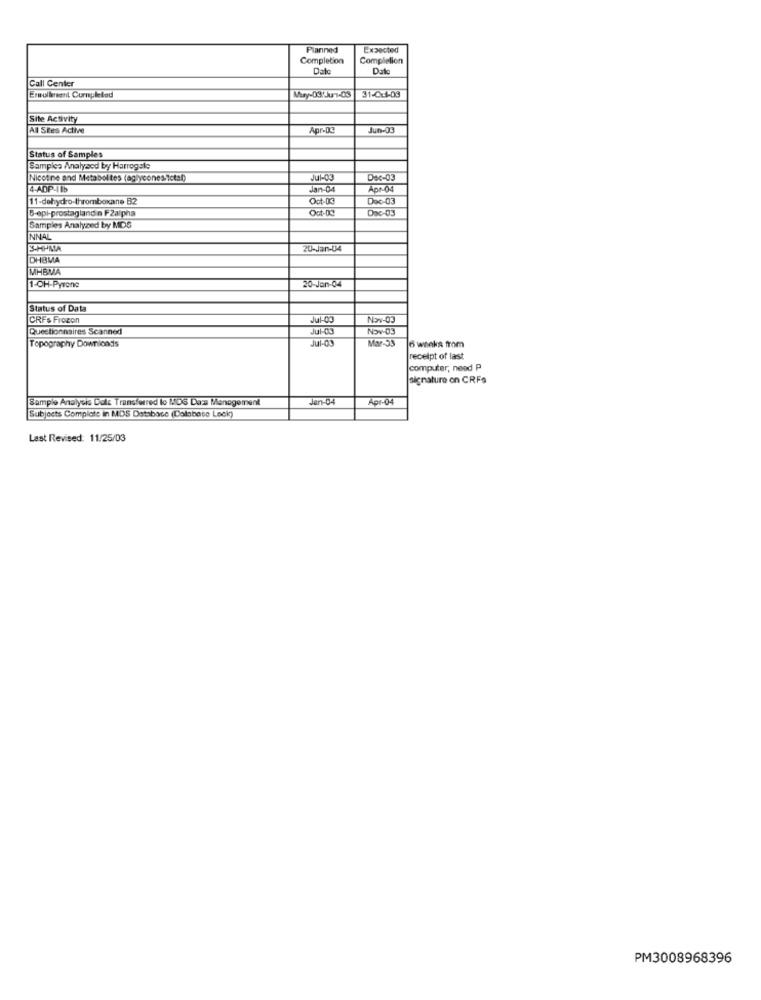
Planned
Expected
Completion
Completion
Date
Dato
Call Center
31-C-1-03
Enmullersent Curnpleted
May-03/Jun1-03
Site Activity
All Stes Active
Apr-D
Jun-03
Status of Samples
Samples Analysed by Harrogate
Nicotine and Metabol tes (aglycones/ictal)
Jul-03
Dec-03
4-ADP-11b
Jan-04
Apr-04
11-dehydro-thromboxane 82
Oct-03
Doc-03
5-epi-prostaglandin FZalpha
Oot-09
Dec-03
Samples Analyzed by MIDS
INNAL
S-HIMA
20-Jan-04
DHBMA
MHBVA
1-OH-Pyrone
20-Jan-04
Status of Data
CRFs Frozen
Jul-03
Nov-03
Questionnaires Scanned
Jul-03
Nov-03
Jul-03
Mar-33
6 weeks from
Topography Downloads
receipt of last
computer, need P
signature on CRFs
Sample Analysis Dele Transferred to MIDS Data Management
Jan-04
Ap1-04
Subjects Complots in MDS Database (Database Lock)
Last Revised: 11/25/03
PM3008968396